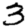
Digit: 3